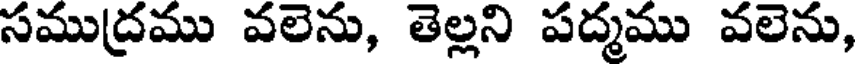
సముద్రము వలెను, తెల్లని పద్మము వలెను,